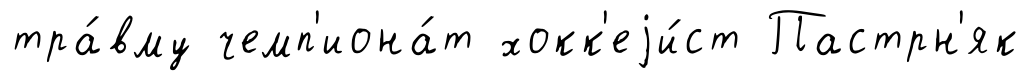
тра́вму чемп'иона́т хокк'еjи́ст Пастрн'як